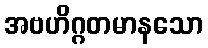
အဗဟိဂ္ဂတမာနသော